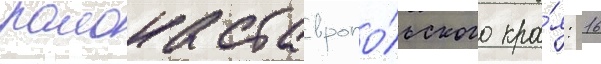
раиона ставропо́льского кра́я: 16